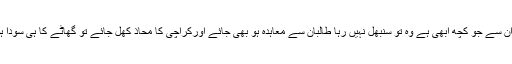
اب ان سے جو کچھ ابھی ہے وہ تو سنبھل نہیں رہا طالبان سے معاہدہ ہو بھی جائے اورکراچی کا محاذ کھل جائے تو گھاٹے کا ہی سودا ہوگا۔